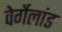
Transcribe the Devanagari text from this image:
वेर्गेलांड